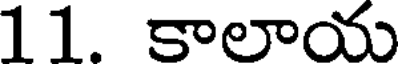
11. కాలాయ